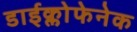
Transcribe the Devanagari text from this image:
डाईक्लोफेनेक